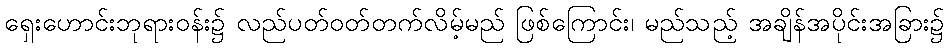
ရှေးဟောင်းဘုရားဝန်း၌ လည်ပတ်ဝတ်တက်လိမ့်မည် ဖြစ်ကြောင်း၊ မည်သည့် အချိန်အပိုင်းအခြား၌